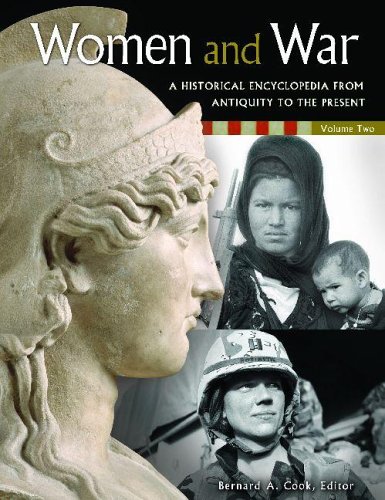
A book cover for Women and War: A Historical Encyclopedia from Antiquity to the Present, Vol. 2; Reference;